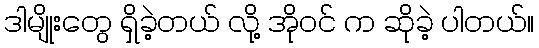
ဒါမျိုးတွေ ရှိခဲ့တယ် လို့ အိုဝင် က ဆိုခဲ့ ပါတယ်။